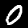
Digit: 0